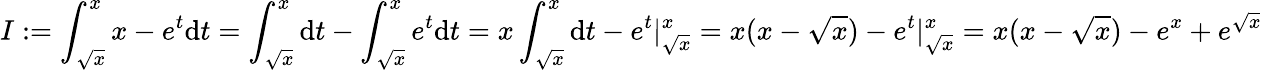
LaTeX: I:=\int_{\sqrt x}^{x}x-e^{t}\mathrm{d}t=\int_{\sqrt x}^{x}\mathrm{d}t-\int_{\sqrt x}^{x}e^{t}\mathrm{d}t=x\int_{\sqrt x}^{x}\mathrm{d}t-e^{t}|_{\sqrt x}^{x}=x(x-\sqrt{x})-e^{t}|_{\sqrt x}^{x}=x(x-\sqrt x)-e^{x}+e^{\sqrt x}